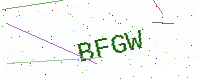
Text: BFGW